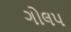
ગોલપ